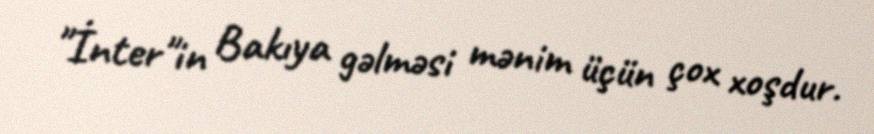
"İnter"in Bakıya gəlməsi mənim üçün çox xoşdur.